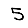
Digit: 5